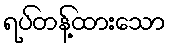
ရပ်တန့်ထားသော